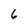
Character: 6